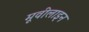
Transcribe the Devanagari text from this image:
मूवीलाइन